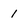
Character: 1